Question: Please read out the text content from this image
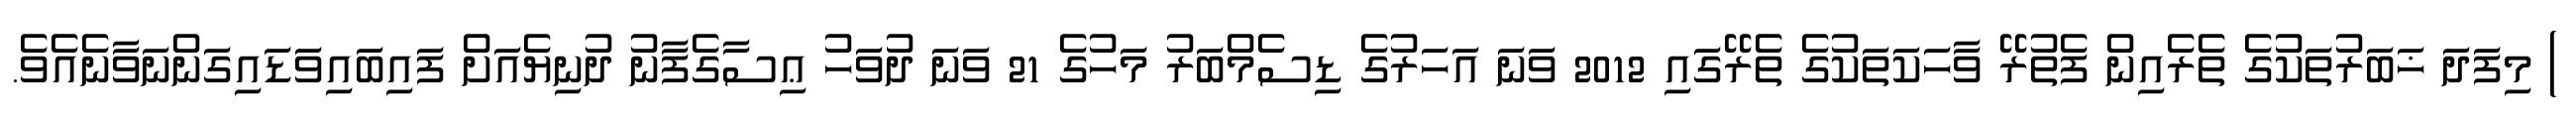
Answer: ) މިފަދަ ޚަބަރުތަކުގެ ތެރެއިން ފެތުރޭ ވާހަކަތަކުގެ ތެރޭގައި 2012 ވަނަ އަހަރުގެ ޑިސެމްބަރު މަހުގެ 21 ވަނަ ދުވަހު ޢިސާގެފާނު ދުނިޔެއަށް ފައިބައިވަޑައިގަންނަވާނެއެވެ.